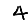
Digit: 4